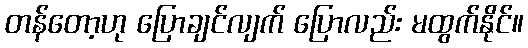
တန်တော့ဟု ပြောချင်လျက် ပြောလည်း မထွက်နိုင်။